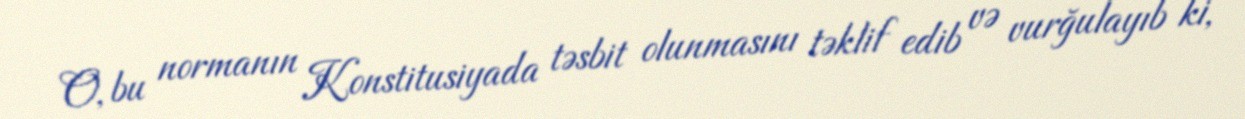
O, bu normanın Konstitusiyada təsbit olunmasını təklif edib və vurğulayıb ki,